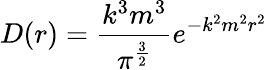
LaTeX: D(r)={\frac{k^{3}m^{3}}{\pi^{\frac{3}{2}}}}e^{-k^{2}m^{2}r^{2}}